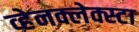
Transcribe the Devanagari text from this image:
व्हेनक्लेक्स्टा